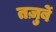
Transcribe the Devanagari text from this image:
तज़ुर्बे